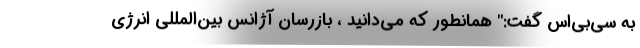
به سی‌بی‌اس گفت:" همانطور که می‌دانید ، بازرسان آژانس بین‌المللی انرژی